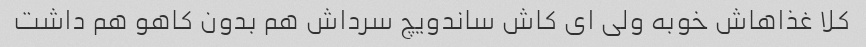
کلا غذاهاش خوبه ولی ای کاش ساندویچ سرداش هم بدون کاهو هم داشت